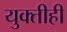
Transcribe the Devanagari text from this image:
युक्तीही